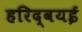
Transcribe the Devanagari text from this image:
हरिद्वयई